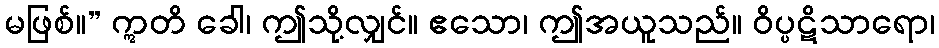
မဖြစ်။” ဣတိ ခေါ၊ ဤသို့လျှင်။ ဧသော၊ ဤအယူသည်။ ဝိပ္ပဋိသာရော၊